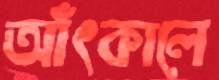
আঁৎকালে